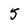
Character: 5